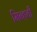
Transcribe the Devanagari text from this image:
मिन्हची